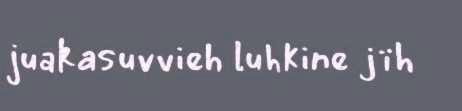
juakasuvvieh luhkine jïh